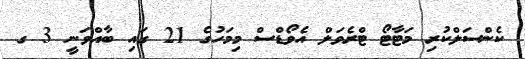
ކެންސަލްކުރި މަޓާޓޯ ޓްރެވަލް އެވޯޑްސް މިމަހުގެ 21 ގައި ބާއްވަނީ 3 ގ